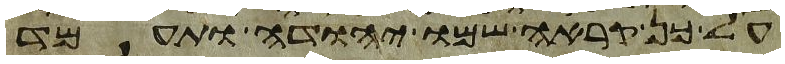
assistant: על כן קראה שמו יהודה ותעמד